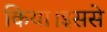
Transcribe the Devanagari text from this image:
किया।इससे